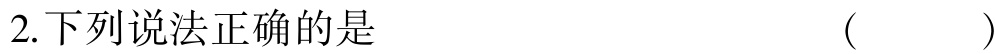
2.下列说法正确的是 （  ）